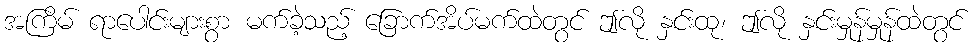
အကြိမ် ရာပေါင်းများစွာ မက်ခဲ့သည့် ခြောက်အိပ်မက်ထဲတွင် ဤလို နှင်းထု၊ ဤလို နှင်းမှုန်မှုန်ထဲတွင်